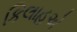
કિલાહએ